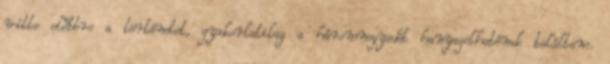
vitte előbbre a történetet, gyakorlatilag a háromnegyedét hanyagolhatónak találtam.